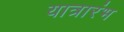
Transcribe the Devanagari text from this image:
यात्रारंभ